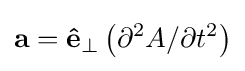
\mathbf {a} =\mathbf {\hat {e}} _{\bot }\left(\partial ^{2}A/\partial t^{2}\right)\,\!